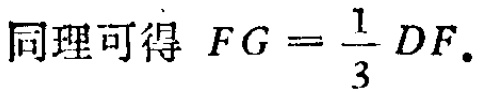
同理可得 \(FG = \frac{1}{3}DF.\)